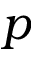
p